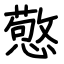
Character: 憼